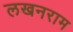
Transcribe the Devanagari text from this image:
लखनराम